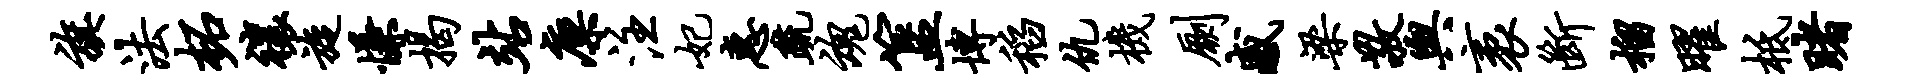
旗法柘禳旋慊揭站廪注妃惠疏魂簋博稻仇机劂感梁敬舆袤断榴曜柢睹